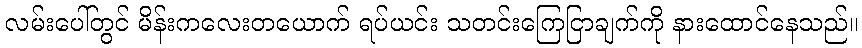
လမ်းပေါ်တွင် မိန်းကလေးတယောက် ရပ်ယင်း သတင်းကြေငြာချက်ကို နားထောင်နေသည်။